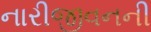
નારીજીવનની